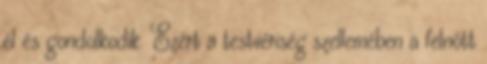
él és gondolkodik. Ezért a testvériség szellemében a felnőtt